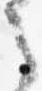
之